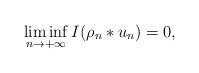
LaTeX: \begin{gather*} \liminf_ {n \to +\infty} I(\rho_n * u_n)=0,\end{gather*}